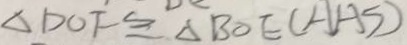
\angle D O F \cong \Delta B O E ( H H S )